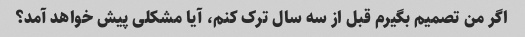
اگر من تصمیم بگیرم قبل از سه سال ترک کنم، آیا مشکلی پیش خواهد آمد؟